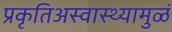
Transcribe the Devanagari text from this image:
प्रकृतिअस्वास्थ्यामुळं